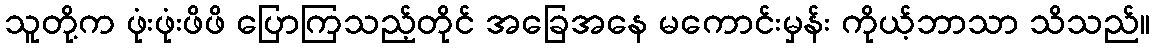
သူတို့က ဖုံးဖုံးဖိဖိ ပြောကြသည့်တိုင် အခြေအနေ မကောင်းမှန်း ကိုယ့်ဘာသာ သိသည်။